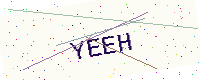
Text: YEEH